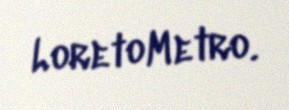
LoretoMetro.